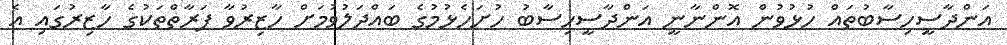
އަންދާސީހިސާބުތައް ހުޅުވުން އޮންނާނީ އަންދާސީހިސާބު ހުށަހެޅުމުގެ ބައްދަލުވުމަށް ހާޒިރުވާ ފަރާތްތަކުގެ ހާޒިރުގައި އެ